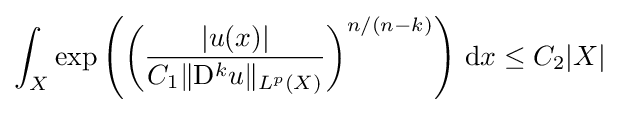
\int _{X}\exp \left(\left({\frac {|u(x)|}{C_{1}\|\mathrm {D} ^{k}u\|_{L^{p}(X)}}}\right)^{n/(n-k)}\right)\,\mathrm {d} x\leq C_{2}|X|